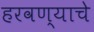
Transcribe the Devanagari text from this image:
हरवण्याचे